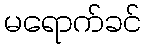
မရောက်ခင်